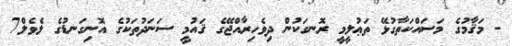
- މަޤާމުގެ މަސައްކަތާގުޅޭ ތަޢުލީމީ ރޮނގަކުން ދިވެހިރާއްޖޭގެ ޤައުމީ ސަނަދުތަކުގެ އޮނިގަނޑުގެ ލެވެލް7